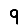
Digit: 9